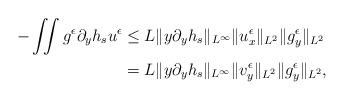
LaTeX: \begin{align*}\begin{aligned}-\iint g^\epsilon \partial_y h_s u^\epsilon &\leq L \Vert y\partial_y h_s \Vert_{L^\infty}\Vert u^\epsilon_x \Vert_{L^2}\Vert g^\epsilon_y\Vert_{L^2}\\&=L \Vert y\partial_y h_s \Vert_{L^\infty}\Vert v^\epsilon_y \Vert_{L^2}\Vert g^\epsilon_y\Vert_{L^2},\end{aligned}\end{align*}